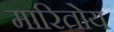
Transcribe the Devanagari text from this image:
मारितोय